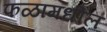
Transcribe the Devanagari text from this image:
फळामधील